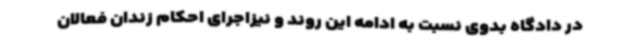
در دادگاه بدوی نسبت به ادامه این روند و نیزاجرای احکام زندان فعالان